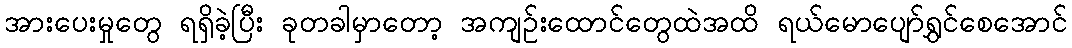
အားပေးမှုတွေ ရရှိခဲ့ပြီး ခုတခါမှာတော့ အကျဉ်းထောင်တွေထဲအထိ ရယ်မောပျော်ရွှင်စေအောင်